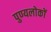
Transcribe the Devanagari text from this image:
पुण्यलोकों